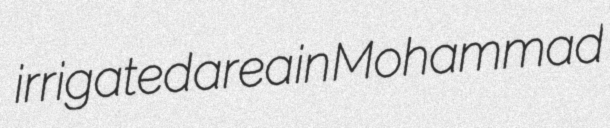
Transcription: irrigated area in Mohammad